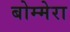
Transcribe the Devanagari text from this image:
बोम्मेरा